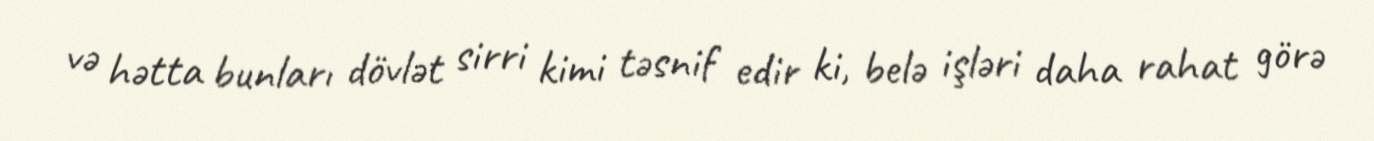
və hətta bunları dövlət sirri kimi təsnif edir ki, belə işləri daha rahat görə